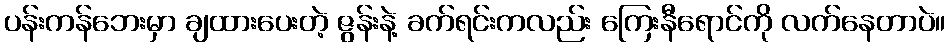
ပန်းကန်ဘေးမှာ ချထားပေးတဲ့ ဇွန်းနဲ့ ခက်ရင်းကလည်း ကြေးနီရောင်ကို လက်နေတာပဲ။